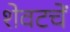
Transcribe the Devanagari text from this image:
शेवटचें